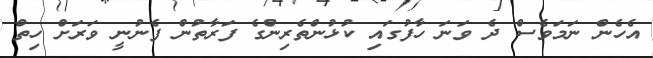
އެހެން ނަމަވެސް ދެ ވަނަ ހާފުގައި ކުޅުންތެރިންގެ ފަރާތުން ފެނުނީ ވަރަށް ހިތް